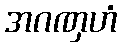
အဂဏှဟံ